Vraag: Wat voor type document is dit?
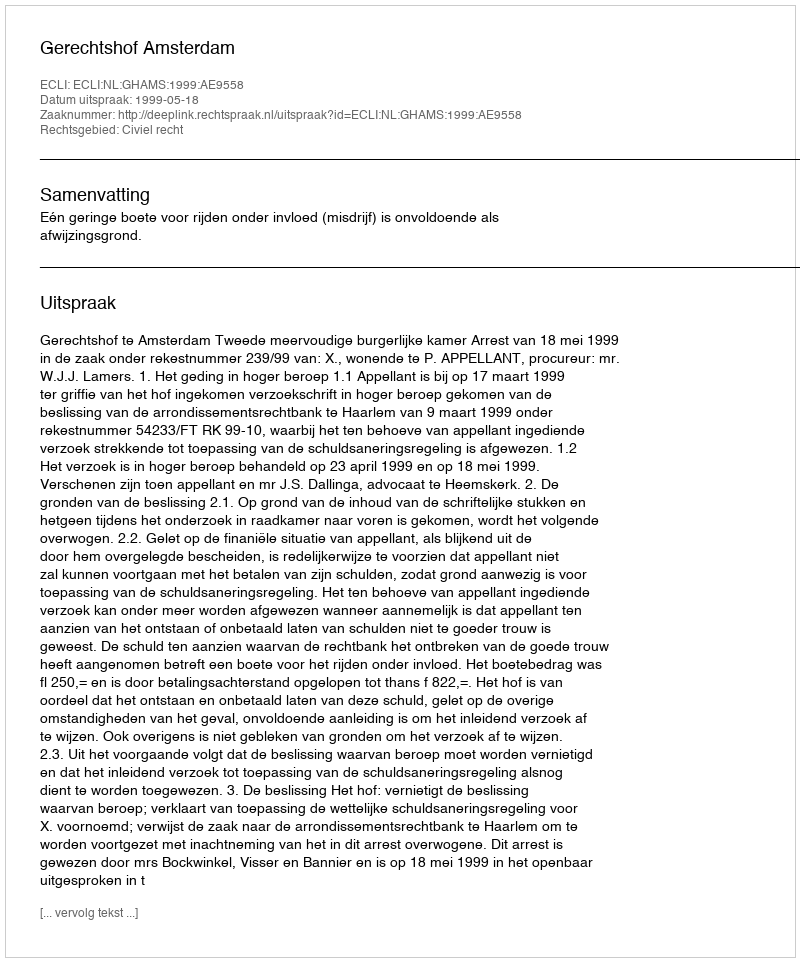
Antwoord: Uitspraak